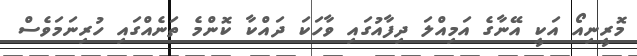
މޮރީނިއޯ އަކީ އޭނާގެ އަމިއްލަ ދިފާއުގައި ވާހަކަ ދައްކާ ކޮންމެ ތަނެއްގައި ހުރިނަމަވެސް